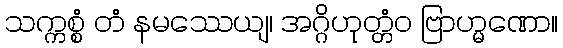
သက္ကစ္စံ တံ နမဿေယျ၊ အဂ္ဂိဟုတ္တံဝ ဗြာဟ္မဏော။